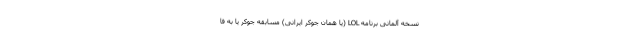
نسخه آلمانی برنامه LOL (یا همان جوکر ایرانی) مسابقه جوکر یا به فا